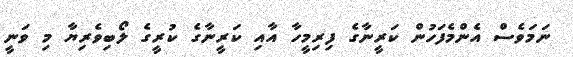
ނަމަވެސް އެންމެފަހުން ކަރީނާގެ ފިރިމީހާ އާއި ކަރީނާގެ ކުރީގެ ލޯބިވެރިޔާ މި ވަނީ